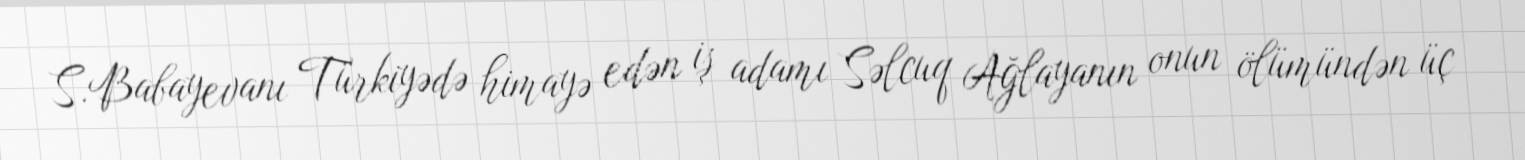
S.Babayevanı Türkiyədə himayə edən iş adamı Səlcuq Ağlayanın onun ölümündən üç